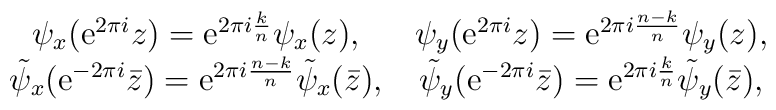
\matrix{\psi_x({\rm e}^{2\pi i}z)={\rm e}^{2\pi i {k \over n}}\psi_x(z),&\psi_y({\rm e}^{2\pi i}z)={\rm e}^{2\pi i {n-k \over n}}\psi_y(z),\cr\tilde \psi_x({\rm e}^{-2\pi i}\bar z)={\rm e}^{2\pi i {n-k \over n}}\tilde \psi_x(\bar z),&\tilde \psi_y({\rm e}^{-2\pi i}\bar z)={\rm e}^{2\pi i {k \over  n}}\tilde \psi_y(\bar z),}